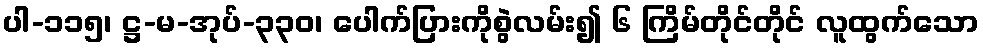
ပါ-၁၁၅၊ ဋ္ဌ-မ-အုပ်-၃၃၀၊ ပေါက်ပြားကိုစွဲလမ်း၍ ၆ ကြိမ်တိုင်တိုင် လူထွက်သော